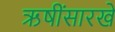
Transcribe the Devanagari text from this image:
ऋषींसारखे